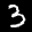
Label: 3